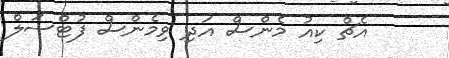
އެޗް ކިއު މެންސް އަދި ވިމެންސް ފުޓްސަލް